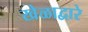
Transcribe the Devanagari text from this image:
खेळाद्वारे